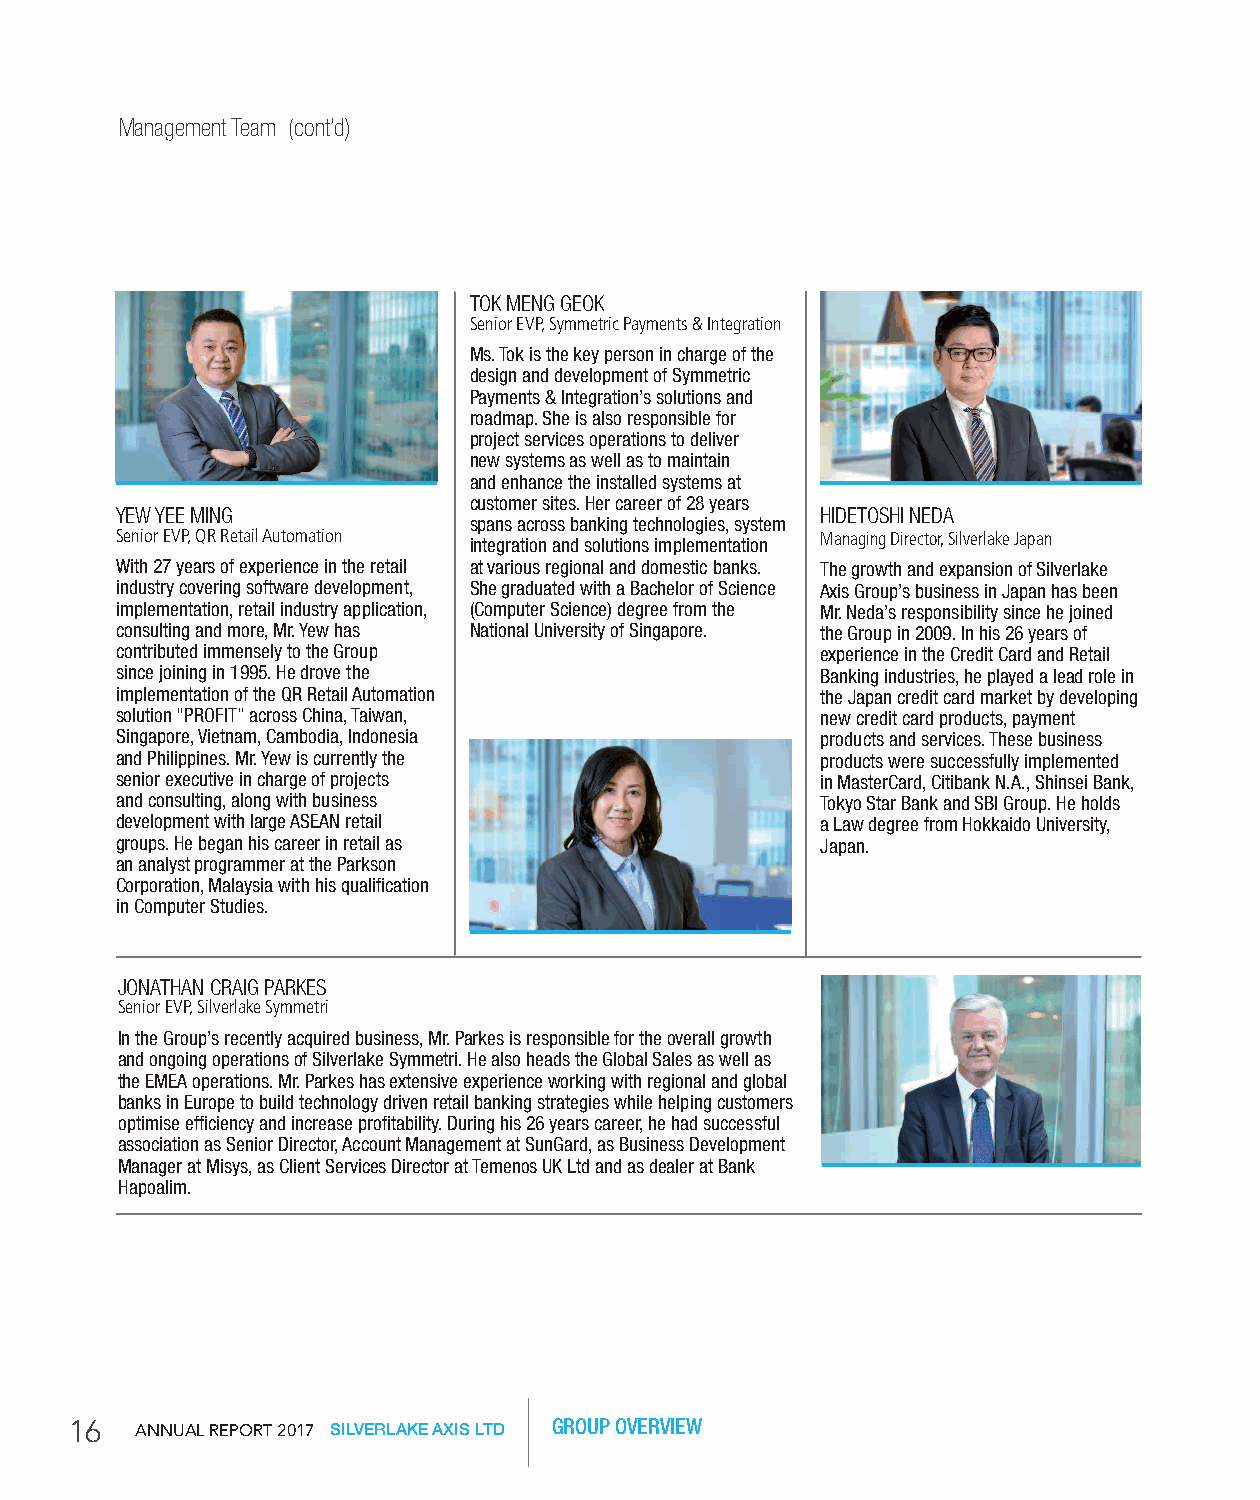
Management Team (cont’d)
 TOK MENG GEOK
 Senior EVP, Symmetric Payments & Integration
 Ms. Tok is the key person in charge of the
 design and development of Symmetric
 Payments & Integration’s solutions and
 roadmap. She is also responsible for
 project services operations to deliver
 new systems as well as to maintain
 and enhance the installed systems at
 customer sites. Her career of 28 years
 YEW YEE MING                                  HIDETOSHI NEDA
 spans across banking technologies, system
 Senior EVP, QR Retail Automation              Managing Director, Silverlake Japan
 integration and solutions implementation
 With 27 years of experience in the retail at various regional and domestic banks. The growth and expansion of Silverlake
 industry covering software development, She graduated with a Bachelor of Science Axis Group’s business in Japan has been
 implementation, retail industry application, (Computer Science) degree from the Mr. Neda’s responsibility since he joined
 consulting and more, Mr. Yew has National University of Singapore. the Group in 2009. In his 26 years of
 contributed immensely to the Group            experience in the Credit Card and Retail
 since joining in 1995. He drove the           Banking industries, he played a lead role in
 implementation of the QR Retail Automation    the Japan credit card market by developing
 solution “PROFIT” across China, Taiwan,       new credit card products, payment
 Singapore, Vietnam, Cambodia, Indonesia       products and services. These business
 and Philippines. Mr. Yew is currently the     products were successfully implemented
 senior executive in charge of projects        in MasterCard, Citibank N.A., Shinsei Bank,
 and consulting, along with business           Tokyo Star Bank and SBI Group. He holds
 development with large ASEAN retail           a Law degree from Hokkaido University,
 groups. He began his career in retail as      Japan.
 an analyst programmer at the Parkson
 Corporation, Malaysia with his qualification
 in Computer Studies.
 JONATHAN CRAIG PARKES
 Senior EVP, Silverlake Symmetri
 In the Group’s recently acquired business, Mr. Parkes is responsible for the overall growth
 and ongoing operations of Silverlake Symmetri. He also heads the Global Sales as well as
 the EMEA operations. Mr. Parkes has extensive experience working with regional and global
 banks in Europe to build technology driven retail banking strategies while helping customers
 optimise efficiency and increase profitability. During his 26 years career, he had successful
 association as Senior Director, Account Management at SunGard, as Business Development
 Manager at Misys, as Client Services Director at Temenos UK Ltd and as dealer at Bank
 Hapoalim.
 16  AnnuAl RepoRt 2017 SILVERLAKE AXIS LTD GROUP OVERVIEW